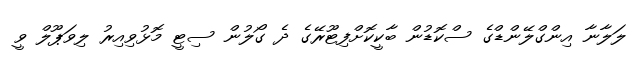
ލަލާނާ އިންގްލޭންޑްގެ ސްކޮޑުން ބާކީކޮށްފިޓޫރޭގެ ދެ ގޯލުން ސިޓީ މޮޅުވިއިރު ލިވަޕޫލް ވީ